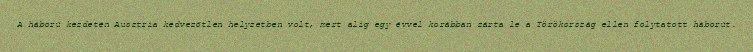
A háború kezdetén Ausztria kedvezőtlen helyzetben volt, mert alig egy évvel korábban zárta le a Törökország ellen folytatott háborút.